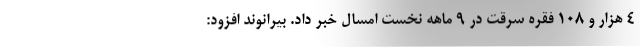
۴ هزار و ۱۰۸ فقره سرقت در ۹ ماهه نخست امسال خبر داد. بیرانوند افزود: